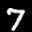
Label: 7